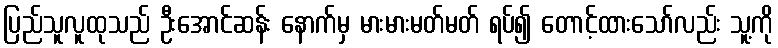
ပြည်သူလူထုသည် ဦးအောင်ဆန်း နောက်မှ မားမားမတ်မတ် ရပ်၍ တောင့်ထားသော်လည်း သူ့ကို